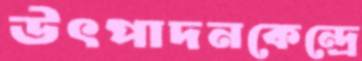
উৎপাদনকেন্দ্রে